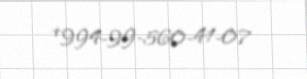
+994-99-560-41-07